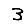
Digit: 3